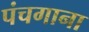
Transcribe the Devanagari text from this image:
पंचगाना